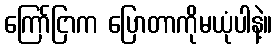
ကြော်ငြာက ပြောတာကိုမယုံပါနဲ့။